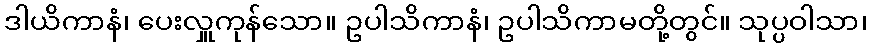
ဒါယိကာနံ၊ ပေးလှူကုန်သော။ ဥပါသိကာနံ၊ ဥပါသိကာမတို့တွင်။ သုပ္ပဝါသာ၊